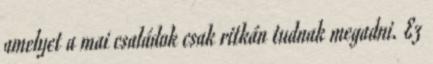
amelyet a mai családok csak ritkán tudnak megadni. Ez